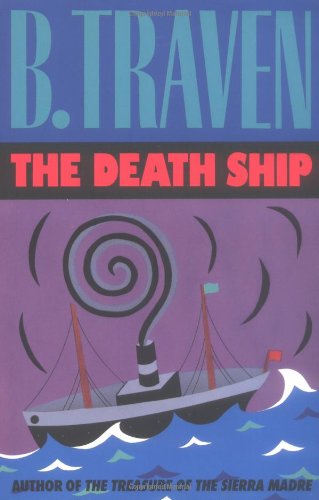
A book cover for The Death Ship; B. Traven; Literature & Fiction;